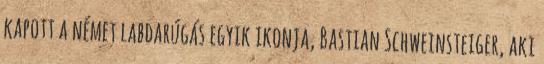
kapott a német labdarúgás egyik ikonja, Bastian Schweinsteiger, aki